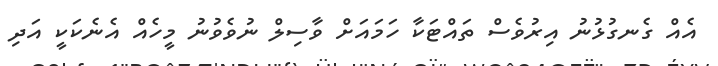
އެއް ގެނގުޅުނު އިރުވެސް ތައްޓަކާ ހަމައަށް ވާސިލް ނުވެވުނު މީހެއް އެނެކަކީ އަދި